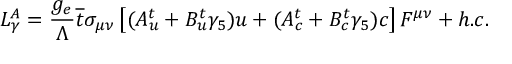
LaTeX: L _ { \gamma } ^ { A } = \frac { g _ { e } } { \Lambda } \overline { { { t } } } \sigma _ { \mu \nu } \left[ ( A _ { u } ^ { t } + B _ { u } ^ { t } \gamma _ { 5 } ) u + ( A _ { c } ^ { t } + B _ { c } ^ { t } \gamma _ { 5 } ) c \right] F ^ { \mu \nu } + h . c .